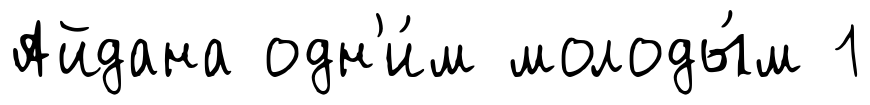
Айдана одн'и́м молоды́м 1